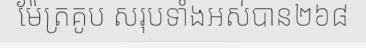
ម៉ែត្រគូប សរុបទាំងអស់បាន២៦៨